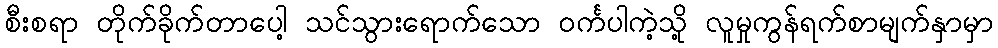
စီးစရာ တိုက်ခိုက်တာပေါ့ သင်သွားရောက်သော ဝင်္ကပါကဲ့သို့ လူမှုကွန်ရက်စာမျက်နှာမှာ